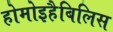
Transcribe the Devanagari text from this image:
होमोइहैबिलिस